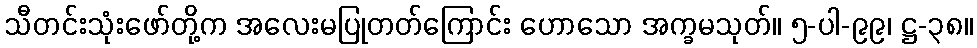
သီတင်းသုံးဖော်တို့က အလေးမပြုတတ်ကြောင်း ဟောသော အက္ခမသုတ်။ ၅-ပါ-၉၉၊ ဋ္ဌ-၃၈။